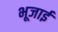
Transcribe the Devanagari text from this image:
भूजाई